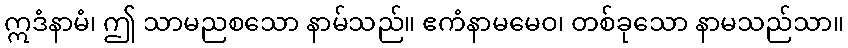
ဣဒံနာမံ၊ ဤ သာမညစသော နာမ်သည်။ ဧကံနာမမေဝ၊ တစ်ခုသော နာမသည်သာ။